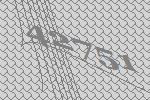
42751